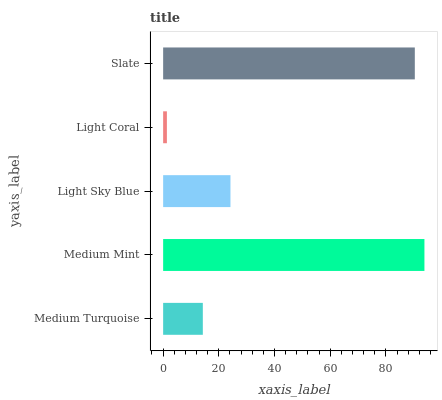
| yaxis_label | bars |
 | --- | --- |
 | Medium Turquoise | 14.3 |
 | Medium Mint | 93.8 |
 | Light Sky Blue | 24.2 |
 | Light Coral | 1.35 |
 | Slate | 90.4 |